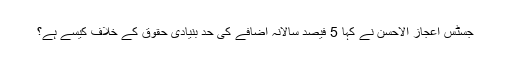
جسٹس اعجاز الاحسن نے کہا 5 فیصد سالانہ اضافے کی حد بنیادی حقوق کے خلاف کیسے ہے؟